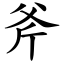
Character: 斧